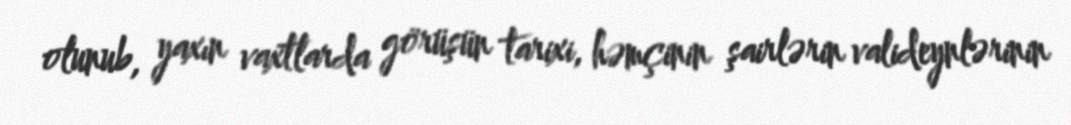
olunub, yaxın vaxtlarda görüşün tarixi, həmçinin şairlərin valideynlərinin